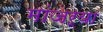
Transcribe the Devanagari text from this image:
मांजऱ्या